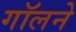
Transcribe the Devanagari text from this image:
गॉलने